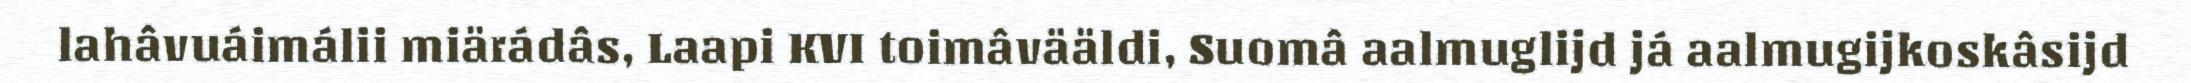
lahâvuáimálii miärádâs, Laapi KVI toimâvääldi, Suomâ aalmuglijd já aalmugijkoskâsijd